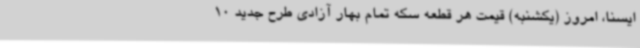
ایسنا، امروز (یکشنبه) قیمت هر قطعه سکه تمام بهار آزادی طرح جدید 10